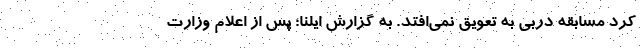
کرد مسابقه دربی به تعویق نمی‌افتد. به گزارش ایلنا؛ پس از اعلام وزارت